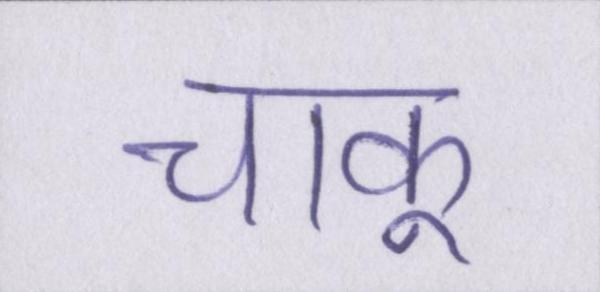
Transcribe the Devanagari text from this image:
चाकू